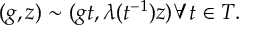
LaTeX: ( g , z ) \sim ( g t , \lambda ( t ^ { - 1 } ) z ) \forall t \in T .